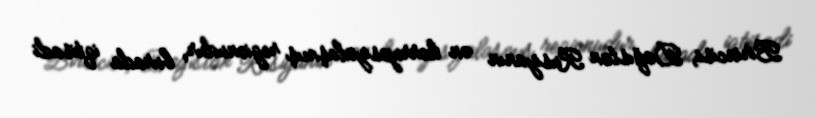
Birincisi, Dağıstan Rusiyanın ən korrupsiyalaşmış regionudur, burada iqtisadi